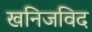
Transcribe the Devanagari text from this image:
खनिजविद